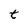
Character: t